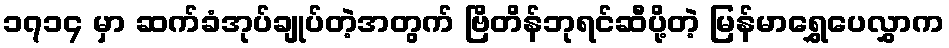
၁၇၁၄ မှာ ဆက်ခံအုပ်ချုပ်တဲ့အတွက် ဗြိတိန်ဘုရင်ဆီပို့တဲ့ မြန်မာရွှေပေလွှာက